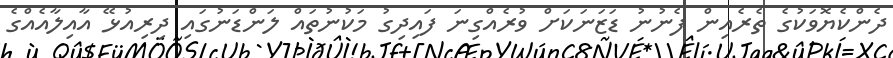
ދެންކެޔޮވަކުގެ ތެރެއިން ފެނުނު ޑަޒަނަކަށް ވުރެއްގިނަ ފައިދިގު މަކުނުތައް ލަންޑަނުގައި ދިރިއުޅޭ އާއިލާއެއްގެ